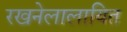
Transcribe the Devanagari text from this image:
रखनेलालायित